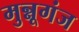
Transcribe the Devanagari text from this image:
मुन्नूगंज